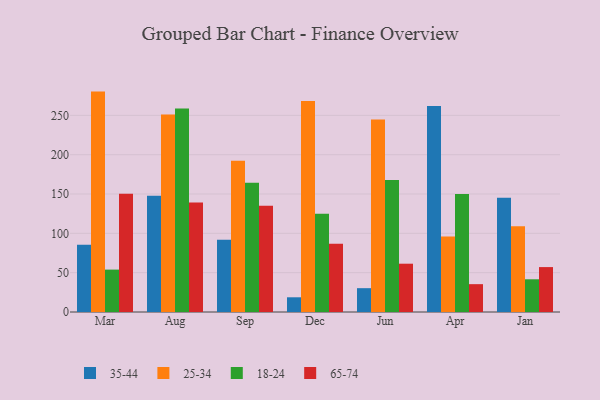
{"axis": {"x": "Month", "y": "Revenue (USD Million)"}, "legend": ["18-24", "25-34", "35-44", "65-74"], "data": [{"x": "Mar", "y": 85.5, "type": "35-44"}, {"x": "Mar", "y": 280.2, "type": "25-34"}, {"x": "Mar", "y": 53.9, "type": "18-24"}, {"x": "Mar", "y": 150.3, "type": "65-74"}, {"x": "Aug", "y": 147.9, "type": "35-44"}, {"x": "Aug", "y": 251.2, "type": "25-34"}, {"x": "Aug", "y": 258.7, "type": "18-24"}, {"x": "Aug", "y": 139.3, "type": "65-74"}, {"x": "Sep", "y": 92.0, "type": "35-44"}, {"x": "Sep", "y": 192.3, "type": "25-34"}, {"x": "Sep", "y": 164.4, "type": "18-24"}, {"x": "Sep", "y": 135.1, "type": "65-74"}, {"x": "Dec", "y": 18.7, "type": "35-44"}, {"x": "Dec", "y": 268.1, "type": "25-34"}, {"x": "Dec", "y": 124.8, "type": "18-24"}, {"x": "Dec", "y": 86.7, "type": "65-74"}, {"x": "Jun", "y": 30.3, "type": "35-44"}, {"x": "Jun", "y": 244.7, "type": "25-34"}, {"x": "Jun", "y": 167.7, "type": "18-24"}, {"x": "Jun", "y": 61.4, "type": "65-74"}, {"x": "Apr", "y": 262.0, "type": "35-44"}, {"x": "Apr", "y": 95.9, "type": "25-34"}, {"x": "Apr", "y": 150.0, "type": "18-24"}, {"x": "Apr", "y": 35.4, "type": "65-74"}, {"x": "Jan", "y": 145.1, "type": "35-44"}, {"x": "Jan", "y": 108.9, "type": "25-34"}, {"x": "Jan", "y": 41.6, "type": "18-24"}, {"x": "Jan", "y": 57.1, "type": "65-74"}]}